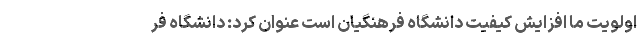
اولویت ما افزایش کیفیت دانشگاه فرهنگیان است عنوان کرد: دانشگاه فر